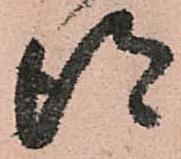
得